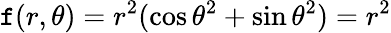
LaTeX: \mathtt{f}(r,\theta)=r^{2}(\cos\theta^{2}+\sin\theta^{2})=r^{2}